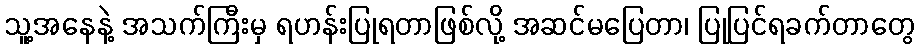
သူ့အနေနဲ့ အသက်ကြီးမှ ရဟန်းပြုရတာဖြစ်လို့ အဆင်မပြေတာ၊ ပြုပြင်ရခက်တာတွေ